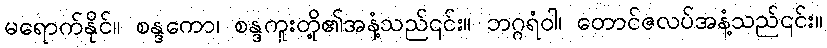
မရောက်နိုင်။ စန္ဒကော၊ စန္ဒကူးတို့၏အနံ့သည်၎င်း။ ဘဂ္ဂရံဝါ၊ တောင်ဇလပ်အနံ့သည်၎င်း။